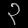
Digit: ၃